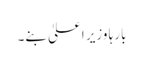
بارہا وزیر اعلیٰ بنے۔